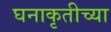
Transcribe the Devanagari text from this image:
घनाकृतीच्या